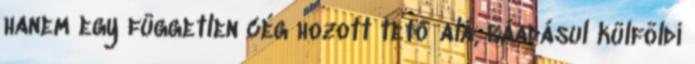
hanem egy független cég hozott tető alá, ráadásul külföldi